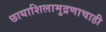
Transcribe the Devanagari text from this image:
छायाशिलामुद्रणाचाही